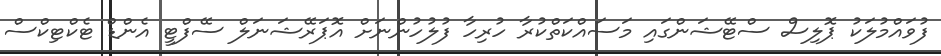
ފުވައްމުލަކު ޕޮލިސް ސްޓޭޝަންގައި މަސައްކަތްކުރާ ހުރިހާ ފުލުހުންނަށް އޮޕަރޭޝަނަލް ސޭފްޓީ އެންޑް ޓެކްޓިކްސް